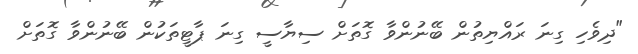
"ދިވެހި ގިނަ ރައްޔިތުން ބޭނުންވާ ގޮތަށް ސިޔާސީ ގިނަ ޕާޓީތަކުން ބޭނުންވާ ގޮތަށް